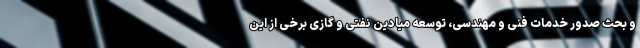
و بحث صدور خدمات فنی و مهندسی، توسعه میادین نفتی و گازی برخی از این